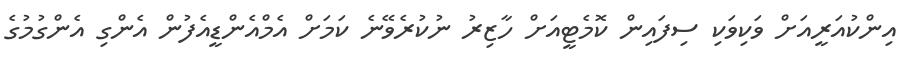
އިންކުއަރީއަށް ވަކިވަކި ސިފައިން ކޮމެޓީއަށް ހާޒިރު ނުކުރެވޭނެ ކަމަށް އެމްއެންޑީއެފުން އެންގި އެންގުމުގެ